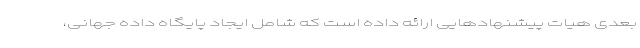
بعدی هیات پیشنهاد‌هایی ارائه داده است که شامل ایجاد پایگاه داده جهانی،